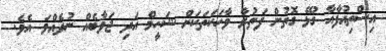
އިސްތިއުފާއާ ގުޅޭ ގޮތުން ފަތުރާ ވާހަކަތަކަށް ޝަހީމް އަދި ޖަވާބެއް ނުދެއްވަ އެވެ.